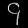
Digit: ၄